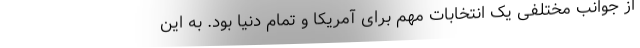
از جوانب مختلفی یک انتخابات مهم برای آمریکا و تمام دنیا بود. به این